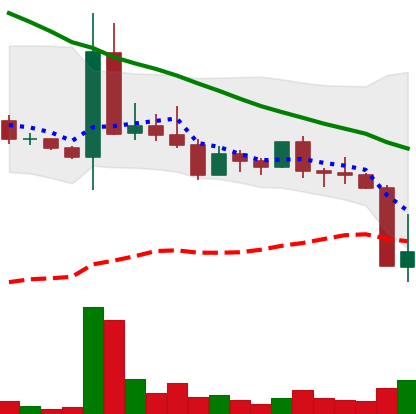
Ticker: DOGE-USD
Chart end date: 2022-05-10
Forward return: -14.412%
Label: down_7plus